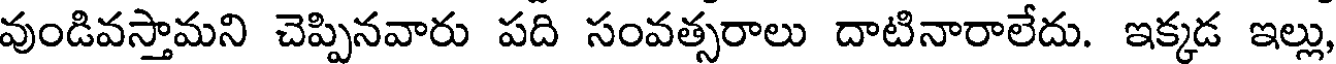
వుండివస్తామని చెప్పినవారు పది సంవత్సరాలు దాటినారాలేదు. ఇక్కడ ఇల్లు,